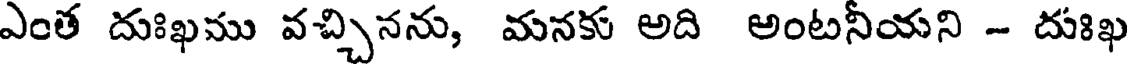
ఎంత దుఃఖము వచ్చినను, మనకు అది అంటనీయని - దుఃఖ